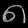
Digit: ၈